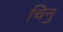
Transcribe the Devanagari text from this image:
चिनु